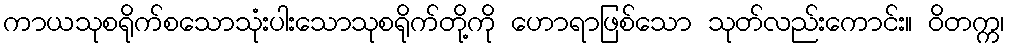
ကာယသုစရိုက်စသောသုံးပါးသောသုစရိုက်တို့ကို ဟောရာဖြစ်သော သုတ်လည်းကောင်း။ ဝိတက္က၊